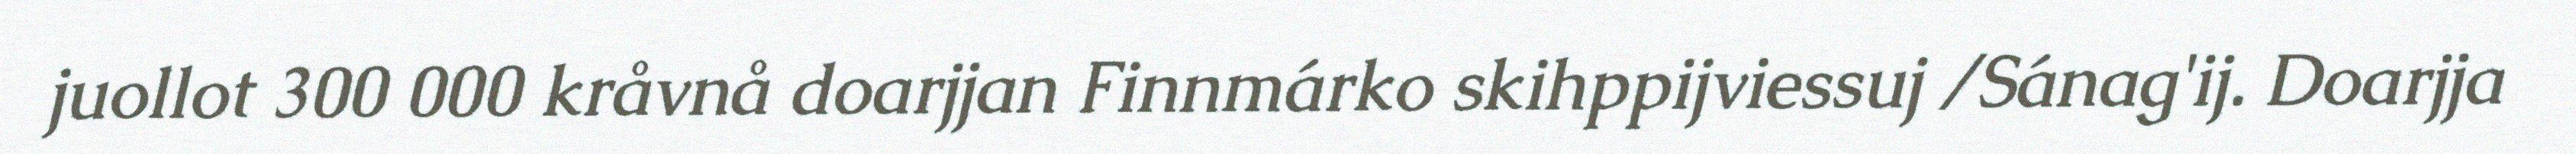
juollot 300 000 kråvnå doarjjan Finnmárko skihppijviessuj /Sánag'ij. Doarjja